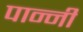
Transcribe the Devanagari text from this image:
पान्नी